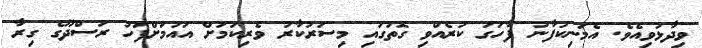
ވިދާޅުވިއެވެ. އެމަނިކުފާނު ފާހަގަ ކުރެެއްވި ގޮތުގައި މިސަރުކާރު ވެރިކަމަށް އައުމަށްފަހު ރަސްދޫގެ ގިރާ